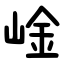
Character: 崯